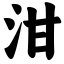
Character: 泔